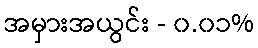
အမှားအယွင်း - ၀.၀၁%